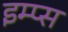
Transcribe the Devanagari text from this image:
इम्प्स